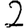
Digit: 2